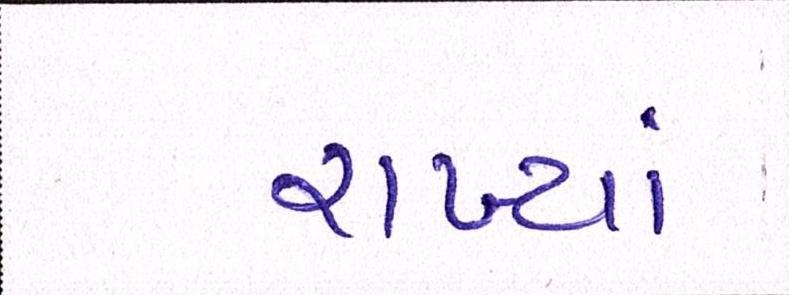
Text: રાખ્યાં